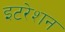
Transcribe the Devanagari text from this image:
इटरेशन